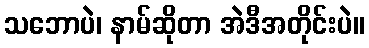
သဘောပဲ၊ နာမ်ဆိုတာ အဲဒီအတိုင်းပဲ။